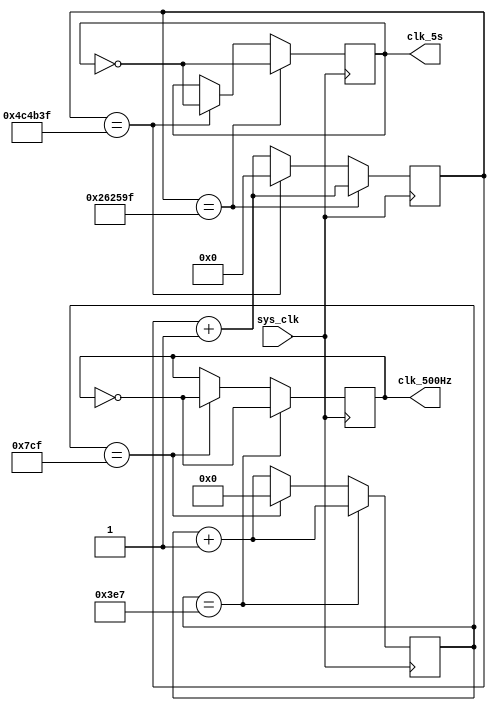
module rtcClkDivider (
	input sys_clk,    // 1 MHz
	output clk_500Hz, // 500 Hz
	output clk_5s  // 0.2 Hz
);
reg c500;
reg c5;
reg [10:0]counter1;
reg [128:0] counter2;
reg [128:0] ctrl;

initial begin
	counter1 =0 ;
	counter2 =0 ;
	c500=0;
	c5 =0 ;
	ctrl= KEYCHANGE_PERIOD*1000000;
end
parameter KEYCHANGE_PERIOD = 5 ;  // DO NOT CHANGE THE NAME OF THIS PARAMETER 
// AND MAKE SURE TO USE THIS PARAMETER INSTEAD OF HARDCODING OTHER VALUES
always @(posedge sys_clk) begin
	
	if (counter1==999) begin
		c500<= ~c500;
		counter1 <=counter1+1;
	end
		
	else if (counter1==1999) begin
		c500<= ~c500;
		counter1 <=0;
	end
	else begin
		counter1<=counter1+1;
		c500<=c500;
	end

	if (counter2==(ctrl/2-1)) begin
		c5 <= ~c5;
		counter2 <=counter2+1;
	end
		
	else if (counter2==(ctrl-1)) begin
		c5 <= ~c5;
		counter2 <=0;
	end
	else begin
		counter2 <=counter2+1;
		c5 <= c5;
	end

	
end
assign clk_5s =c5 ;
assign clk_500Hz =c500 ;

endmodule